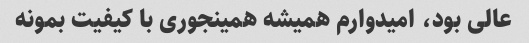
عالی بود، امیدوارم همیشه همینجوری با کیفیت بمونه